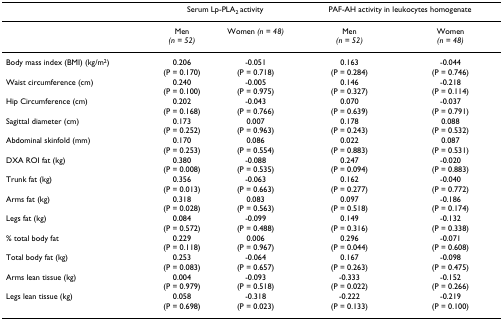
<table><thead><tr><td></td><td colspan="2"><b>Serum Lp-PLA<sub>2 </sub>activity</b></td><td colspan="2"><b>PAF-AH activity in leukocytes homogenate</b></td></tr></thead><tbody><tr><td></td><td>Men<i>(n = 52)</i></td><td>Women <i>(n = 48)</i></td><td>Men<i>(n = 52)</i></td><td>Women<i>(n = 48)</i></td></tr><tr><td>Body mass index (BMI) (kg/m<sup>2</sup>)</td><td>0.206(P = 0.170)</td><td>-0.051(P = 0.718)</td><td>0.163(P = 0.284)</td><td>-0.044(P = 0.746)</td></tr><tr><td>Waist circumference (cm)</td><td>0.240(P = 0.100)</td><td>-0.005(P = 0.975)</td><td>0.146(P = 0.327)</td><td>-0.218(P = 0.114)</td></tr><tr><td>Hip Circumference (cm)</td><td>0.202(P = 0.168)</td><td>-0.043(P = 0.766)</td><td>0.070(P = 0.639)</td><td>-0.037(P = 0.791)</td></tr><tr><td>Sagittal diameter (cm)</td><td>0.173(P = 0.252)</td><td>0.007(P = 0.963)</td><td>0.178(P = 0.243)</td><td>0.088(P = 0.532)</td></tr><tr><td>Abdominal skinfold (mm)</td><td>0.170(P = 0.253)</td><td>0.086(P = 0.554)</td><td>0.022(P = 0.883)</td><td>0.087(P = 0.531)</td></tr><tr><td>DXA ROI fat (kg)</td><td>0.380(P = 0.008)</td><td>-0.088(P = 0.535)</td><td>0.247(P = 0.094)</td><td>-0.020(P = 0.883)</td></tr><tr><td>Trunk fat (kg)</td><td>0.356(P = 0.013)</td><td>-0.063(P = 0.663)</td><td>0.162(P = 0.277)</td><td>-0.040(P = 0.772)</td></tr><tr><td>Arms fat (kg)</td><td>0.318(P = 0.028)</td><td>0.083(P = 0.563)</td><td>0.097(P = 0.518)</td><td>-0.186(P = 0.174)</td></tr><tr><td>Legs fat (kg)</td><td>0.084(P = 0.572)</td><td>-0.099(P = 0.488)</td><td>0.149(P = 0.316)</td><td>-0.132(P = 0.338)</td></tr><tr><td>% total body fat</td><td>0.229(P = 0.118)</td><td>0.006(P = 0.967)</td><td>0.296(P = 0.044)</td><td>-0.071(P = 0.608)</td></tr><tr><td>Total body fat (kg)</td><td>0.253(P = 0.083)</td><td>-0.064(P = 0.657)</td><td>0.167(P = 0.263)</td><td>-0.098(P = 0.475)</td></tr><tr><td>Arms lean tissue (kg)</td><td>0.004(P = 0.979)</td><td>-0.093(P = 0.518)</td><td>-0.333(P = 0.022)</td><td>-0.152(P = 0.266)</td></tr><tr><td>Legs lean tissue (kg)</td><td>0.058(P = 0.698)</td><td>-0.318(P = 0.023)</td><td>-0.222(P = 0.133)</td><td>-0.219(P = 0.100)</td></tr></tbody></table>